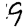
Digit: 9